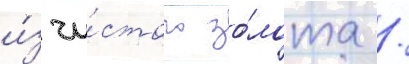
и́з чи́стого зо́лота /